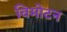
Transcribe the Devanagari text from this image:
विमोटन